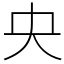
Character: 央